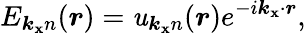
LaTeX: E_{\boldsymbol{k_{\mathbf{x}}}n}(\boldsymbol{r})=\mathit{u}_{\boldsymbol{k_{\mathbf{x}}}n}(\boldsymbol{r})e^{-i\boldsymbol{k_{\mathbf{x}}}\cdot\boldsymbol{r}},